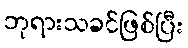
ဘုရားသခင်ဖြစ်ပြီး